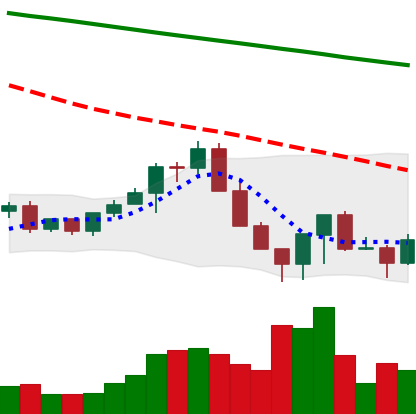
Ticker: LINK-USD
Chart end date: 2022-06-19
Forward return: 10.467%
Label: up_7plus